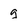
Character: g